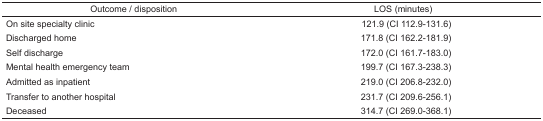
| Outcome/disposition | LOS (minutes) |
 | --- | --- |
 | On site specialty clinic | 121.9 (CI 112.9–131.6) |
 | Discharged home | 171.8 (CI 162.2–181.9) |
 | Self discharge | 172.0 (CI 161.7–183.0) |
 | Mental health emergency team | 199.7 (CI 167.3–238.3) |
 | Admitted as inpatient | 219.0 (CI 206.8–232.0) |
 | Transfer to another hospital | 231.7 (CI 209.6–256.1) |
 | Deceased | 314.7 (CI 269.0–368.1) |